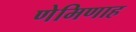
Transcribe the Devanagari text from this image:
णेमिणाह